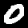
Digit: 0